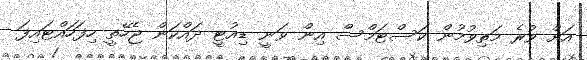
އަށް ވުރެ މަތިވުމުން ކަސްޓަމްސް އިން ވަނީ ޑިއުޓީ ދައްކަން ޖެހޭތީ ހިފަހައްޓައިފަ